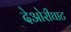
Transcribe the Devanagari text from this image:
देओरीघाट